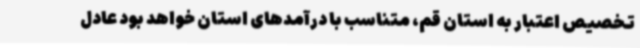
تخصیص اعتبار به استان قم، متناسب با درآمدهای استان خواهد بود عادل